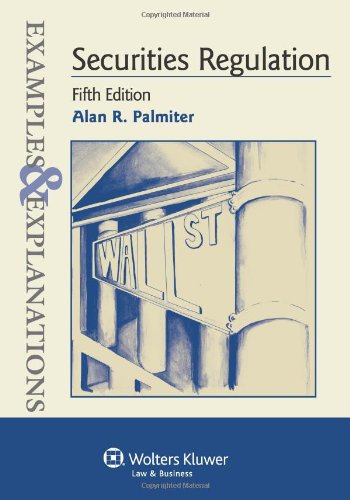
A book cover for Securities Regulation: Examples & Explanations, 5th Edition; Alan R. Palmiter; Law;